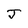
Character: J